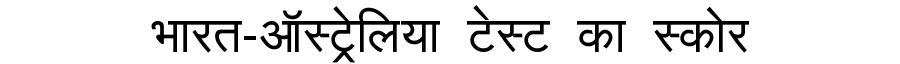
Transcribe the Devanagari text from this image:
भारत-ऑस्ट्रेलिया टेस्ट का स्कोर